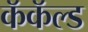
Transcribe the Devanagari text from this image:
कॅकॅल्ड